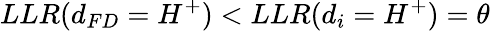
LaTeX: LLR(d_{FD}=H^{+})<LLR(d_{i}=H^{+})=\theta